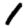
Digit: 1